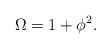
LaTeX: \begin{align*}\Omega = 1 + \phi^2. \end{align*}